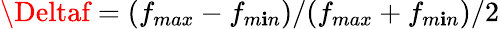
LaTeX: \Deltaf=(f_{max}-f_{m\mathbf{i}n})/(f_{max}+f_{m\mathbf{i}n})/2